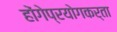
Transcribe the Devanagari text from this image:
होंगेप्रयोगकर्ता